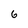
Character: 6